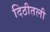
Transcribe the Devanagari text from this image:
दिठीतली